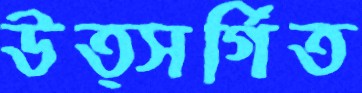
উত্সর্গিত